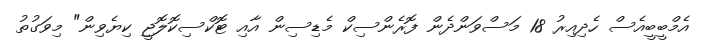
އެމްބީބީއެސް ހެދިއިރު 18 މަސްވަންދެން ފޮރެންސިކް މެޑިސިން އާއި ޓޮކްސިކޮލޮޖީ ކިޔެވިން" މިވަގުތު